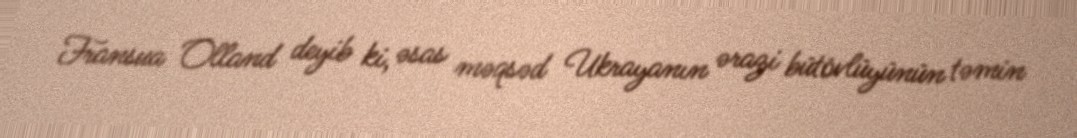
Fransua Olland deyib ki, əsas məqsəd Ukrayanın ərazi bütövlüyünün təmin